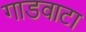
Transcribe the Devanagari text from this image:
गाडवाटा